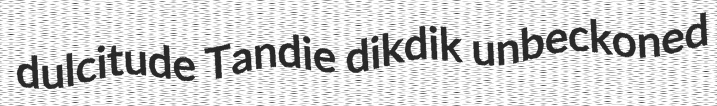
dulcitude Tandie dikdik unbeckoned